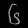
Digit: ၆